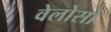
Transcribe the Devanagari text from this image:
वेलोसो